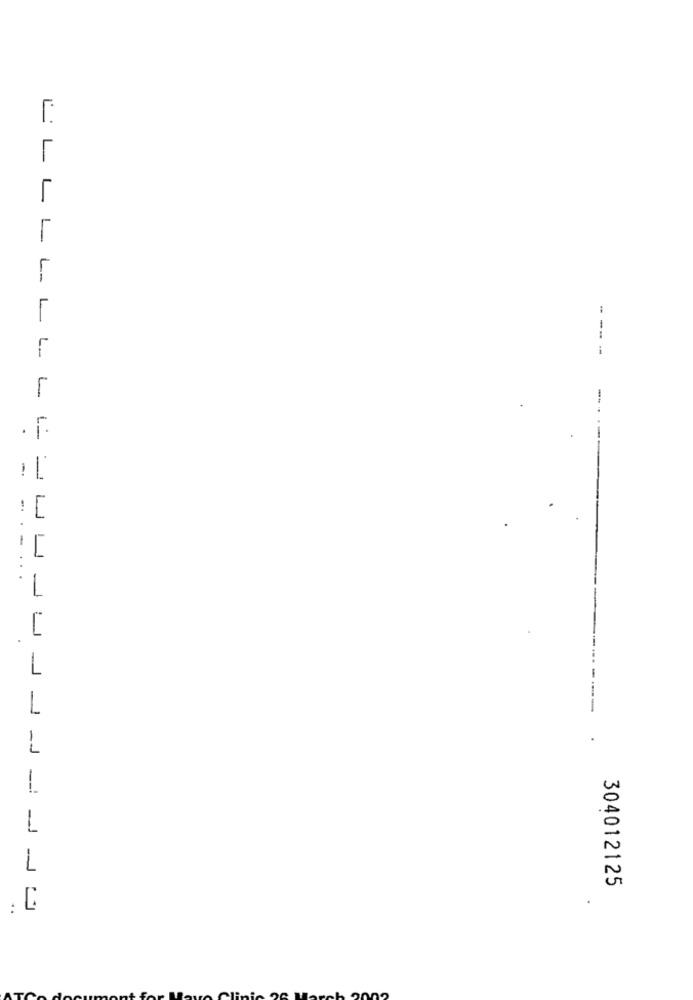
LL
L-
L
---
L-
1
-
1
=
نـا
.-
..
1
J J J -J -
-
-J
304012125
..
ت